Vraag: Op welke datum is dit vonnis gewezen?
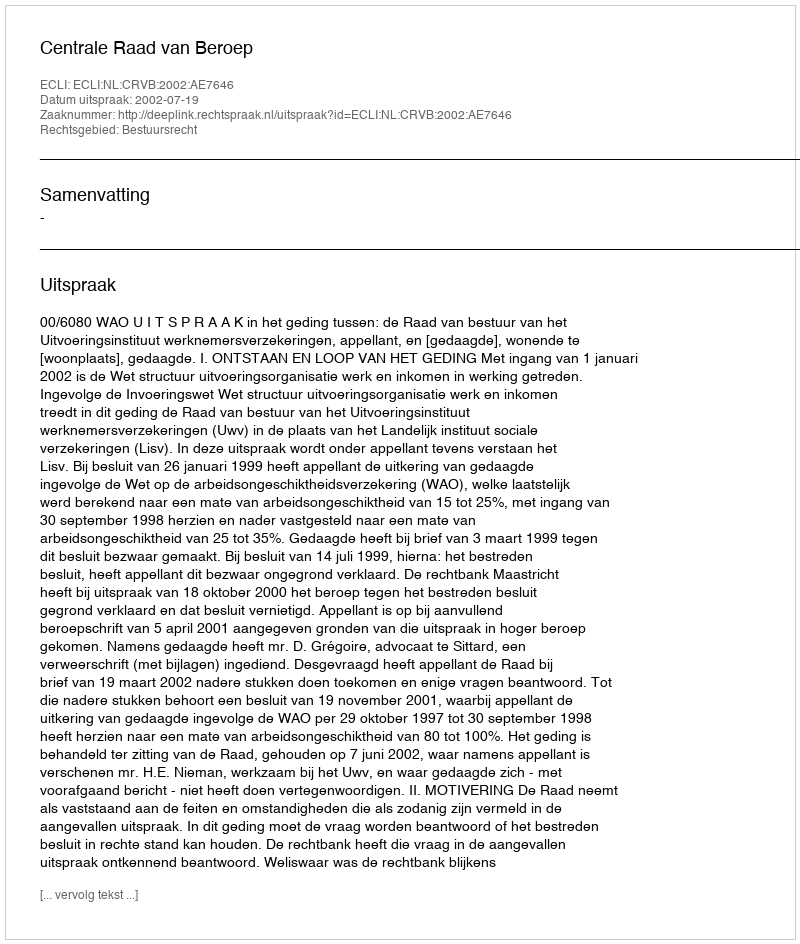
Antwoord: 2002-07-19